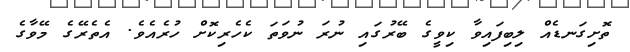
ތޮށިގަނޑެއް ލިބިފައިވާ ކިވީގެ ބޭރުގައި ނުރަ ނުވަތަ ކެހެރިކޮށް ހުރެއެވެ. އެތެރޭގެ މޭވާގެ